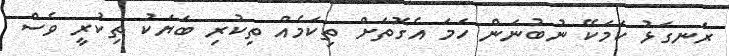
ރަނގަޅު ކަމަކޭ ނުބުނަން ހަމަ އެގޮތަށް ތިކަމެއް ތިކުރި ބަޔަކު ތިކުރީ ވެސް